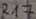
Text: R17